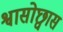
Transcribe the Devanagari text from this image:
श्वासोछ्वास